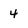
Character: 4